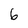
Character: 6